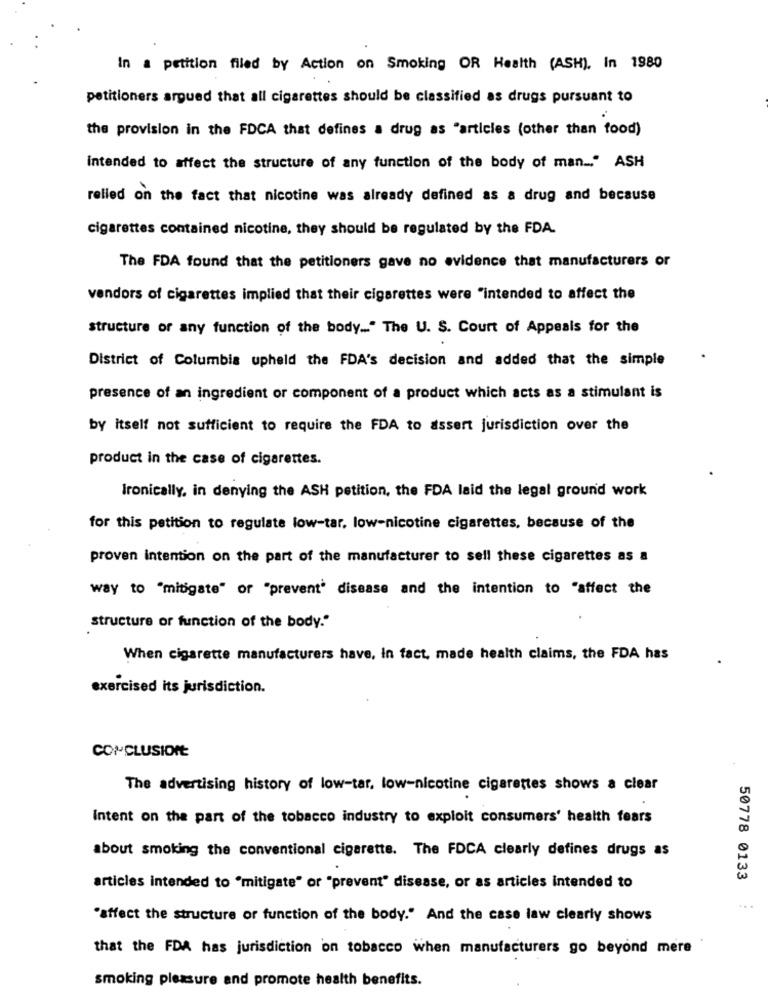
In a petition filed by Action on Smoking OR Health (ASH), In 1980
petitioners argued that all cigarettes should be classified as drugs pursuant to
the provision in the FDCA that defines a drug as "articles (other than food)
intended to affect the structure of any function of the body of man .. " ASH
relied on the fact that nicotine was already defined as a drug and because
cigarettes contained nicotine, they should be regulated by the FDA.
The FDA found that the petitioners gave no evidence that manufacturers or
vendors of cigarettes implied that their cigarettes were "intended to affect the
structure or any function of the body ... " The U. S. Court of Appeals for the
District of Columbia upheld the FDA's decision and added that the simple
presence of an ingredient or component of a product which acts as a stimulant is
by itself not sufficient to require the FDA to assert jurisdiction over the
product in the case of cigarettes.
Ironically, in denying the ASH petition, the FDA laid the legal ground work
for this petition to regulate low-tar. low-nicotine cigarettes, because of the
proven intention on the part of the manufacturer to sell these cigarettes as a
way to "mitigate" or "prevent' disease and the intention to "affect the
structure of function of the body."
When cigarette manufacturers have, In fact, made health claims, the FDA has
exercised its jurisdiction.
CONCLUSIONE
The advertising history of low-tar, low-nicotine cigarettes shows a clear
Intent on the part of the tobacco industry to exploit consumers' health fears
about smoking the conventional cigarette. The FDCA clearly defines drugs as
50778 0133
articles intended to "mitigate" or "prevent" disease, or as articles intended to
"affect the structure or function of the body." And the case law clearly shows
that the FDA has jurisdiction on tobacco when manufacturers go beyond mere
smoking pleasure and promote health benefits.